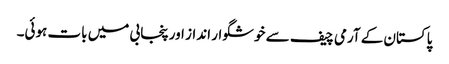
پاکستان کے آرمی چیف سے خوشگوار انداز اور پنجابی میں بات ہوئی۔